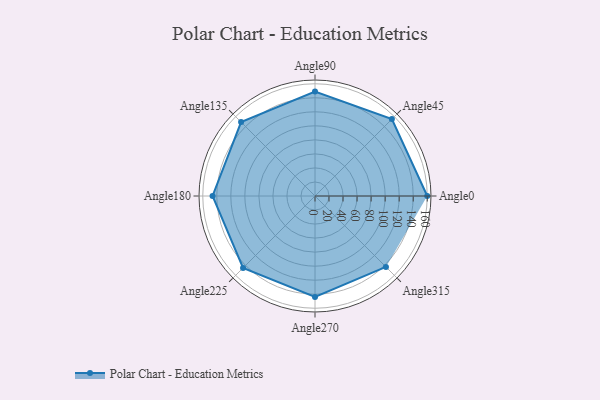
{"axis": {"x": "Angle", "y": "Radius"}, "legend": [""], "data": [{"x": "Angle0", "y": 160.0, "type": ""}, {"x": "Angle45", "y": 155.0, "type": ""}, {"x": "Angle90", "y": 149.0, "type": ""}, {"x": "Angle135", "y": 149.0, "type": ""}, {"x": "Angle180", "y": 146.0, "type": ""}, {"x": "Angle225", "y": 145.0, "type": ""}, {"x": "Angle270", "y": 144.0, "type": ""}, {"x": "Angle315", "y": 143.0, "type": ""}]}